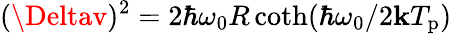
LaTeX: (\Deltav)^{2}=2\hbar\omega_{0}R\coth(\hbar\omega_{0}/2\mathbf{k}T_{\mathrm{{p}}})